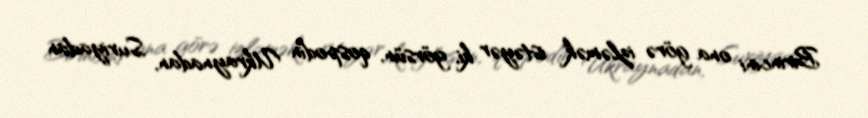
Birincini ona görə izləmək istəyər ki, görsün, qospodin Ukraynadan, Suriyadan